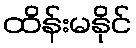
ထိန်းမနိုင်